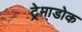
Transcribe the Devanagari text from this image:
ट्रेमाडोक